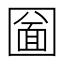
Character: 圙